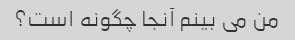
من می بینم آنجا چگونه است؟